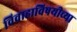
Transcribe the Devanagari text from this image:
विवाहाविषयीच्या